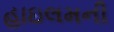
હાઇલમની